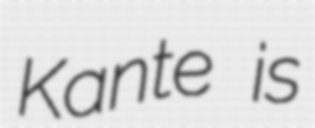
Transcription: Kante is